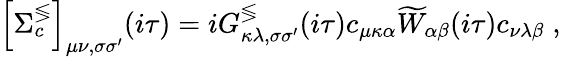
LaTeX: \left[\Sigma_{c}^{\lessgtr}\right]_{\mu\nu,\sigma\sigma^{\prime}}(i\tau)=iG_{\kappa\lambda,\sigma\sigma^{\prime}}^{\lessgtr}(i\tau)c_{\mu\kappa\alpha}\widetilde{W}_{\alpha\beta}(i\tau)c_{\nu\lambda\beta}\; ,